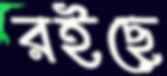
রইছে